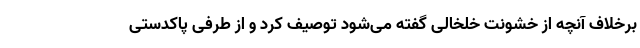
برخلاف آنچه از خشونت خلخالی گفته می‌شود توصیف کرد و از طرفی پاکدستی